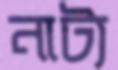
নাট্য